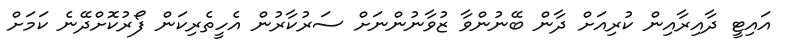
އައިޓީ ދާއިރާއިން ކުރިއަށް ދާން ބޭނުންވާ ޒުވާނުންނަށް ސަރުކާރުން އެހީތެރިކަން ފޯރުކޮށްދޭނެ ކަމަށް